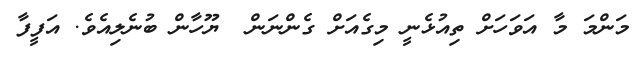
މަންމަ މާ އަވަހަށް ތިއުޅެނީ މިގެއަށް ގެންނަން  ޔޫހާން ބުނެލިއެވެ. އަފީފާ